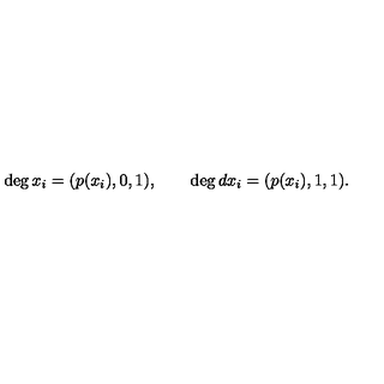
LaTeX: \deg x _ { i } = ( p ( x _ { i } ) , 0 , 1 ) , \qquad \deg d x _ { i } = ( p ( x _ { i } ) , 1 , 1 ) .